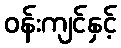
ဝန်းကျင်နှင့်